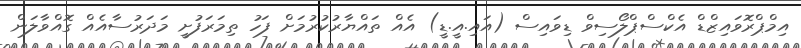
އިމްޕްރޮވައިޒްޑް އެކްސްޕްލޯސިވް ޑިވައިސް (އައި.އީ.ޑީ) އެއް ތައްޔާރުކުރުމަށް ފަހު ތިމަރަފުށީ މަދަރުސާއެއް ގޮއްވާލަން